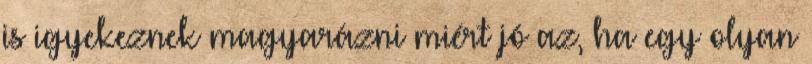
is igyekeznek magyarázni miért jó az, ha egy olyan